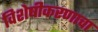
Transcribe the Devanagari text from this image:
विशेषीकरणाचा